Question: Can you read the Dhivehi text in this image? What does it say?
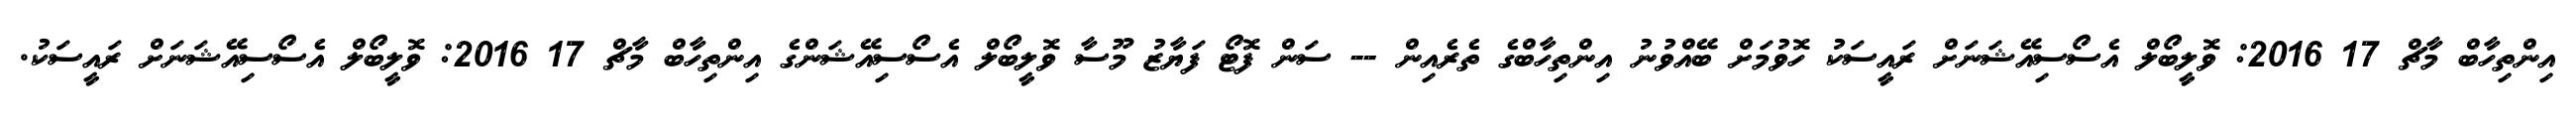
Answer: އިންތިހާބް މާޗް 17 2016: ވޮލީބޯލް އެސޯސިއޭޝަނަށް ރައީސަކު ހޮވުމަށް ބޭއްވުނު އިންތިހާބްގެ ތެރެއިން -- ސަން ފޮޓޯ ފަޔާޒު މޫސާ ވޮލީބޯލް އެސޯސިއޭޝަންގެ އިންތިހާބް މާޗް 17 2016: ވޮލީބޯލް އެސޯސިއޭޝަނަށް ރައީސަކު.